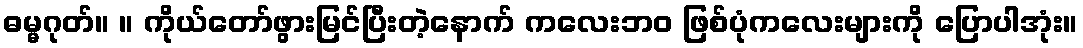
ဓမ္မဂုတ်။ ။ ကိုယ်တော်ဖွားမြင်ပြီးတဲ့နောက် ကလေးဘဝ ဖြစ်ပုံကလေးများကို ပြောပါအုံး။